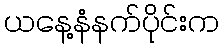
ယနေ့နံနက်ပိုင်းက